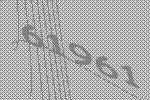
61961